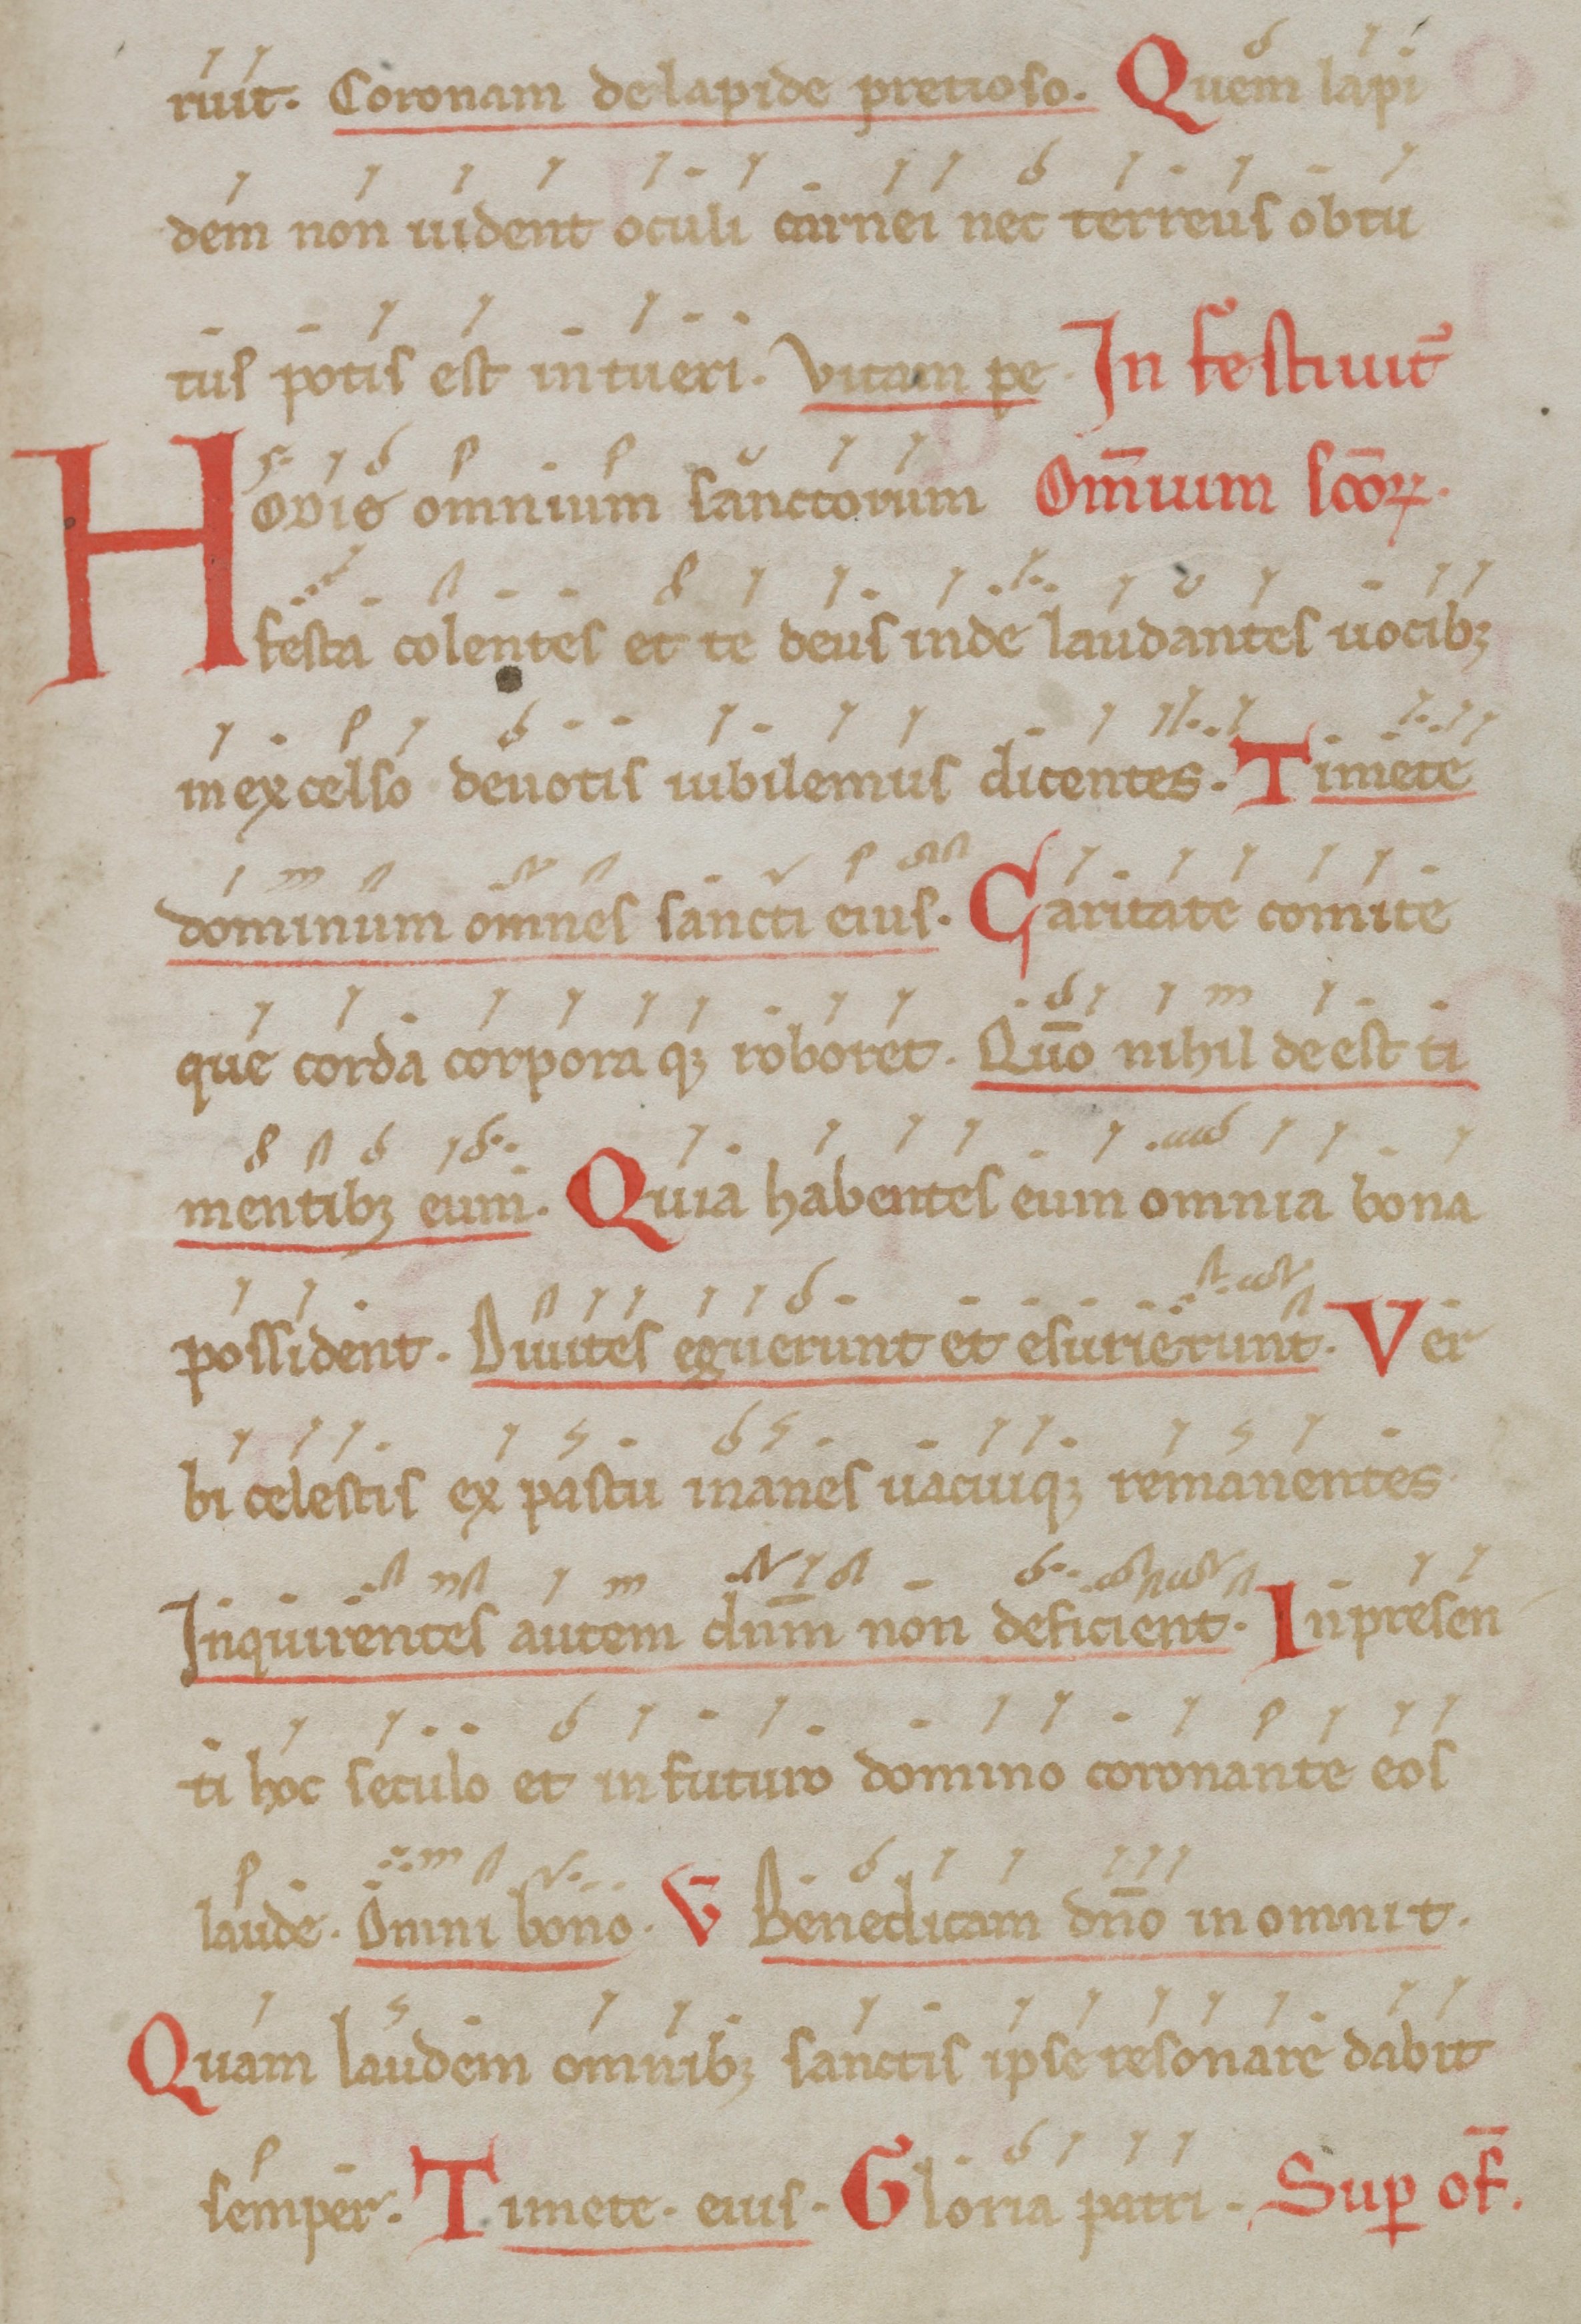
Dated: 1000–1099